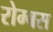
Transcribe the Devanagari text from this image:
रोम्बस